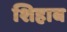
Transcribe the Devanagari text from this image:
शिहाब